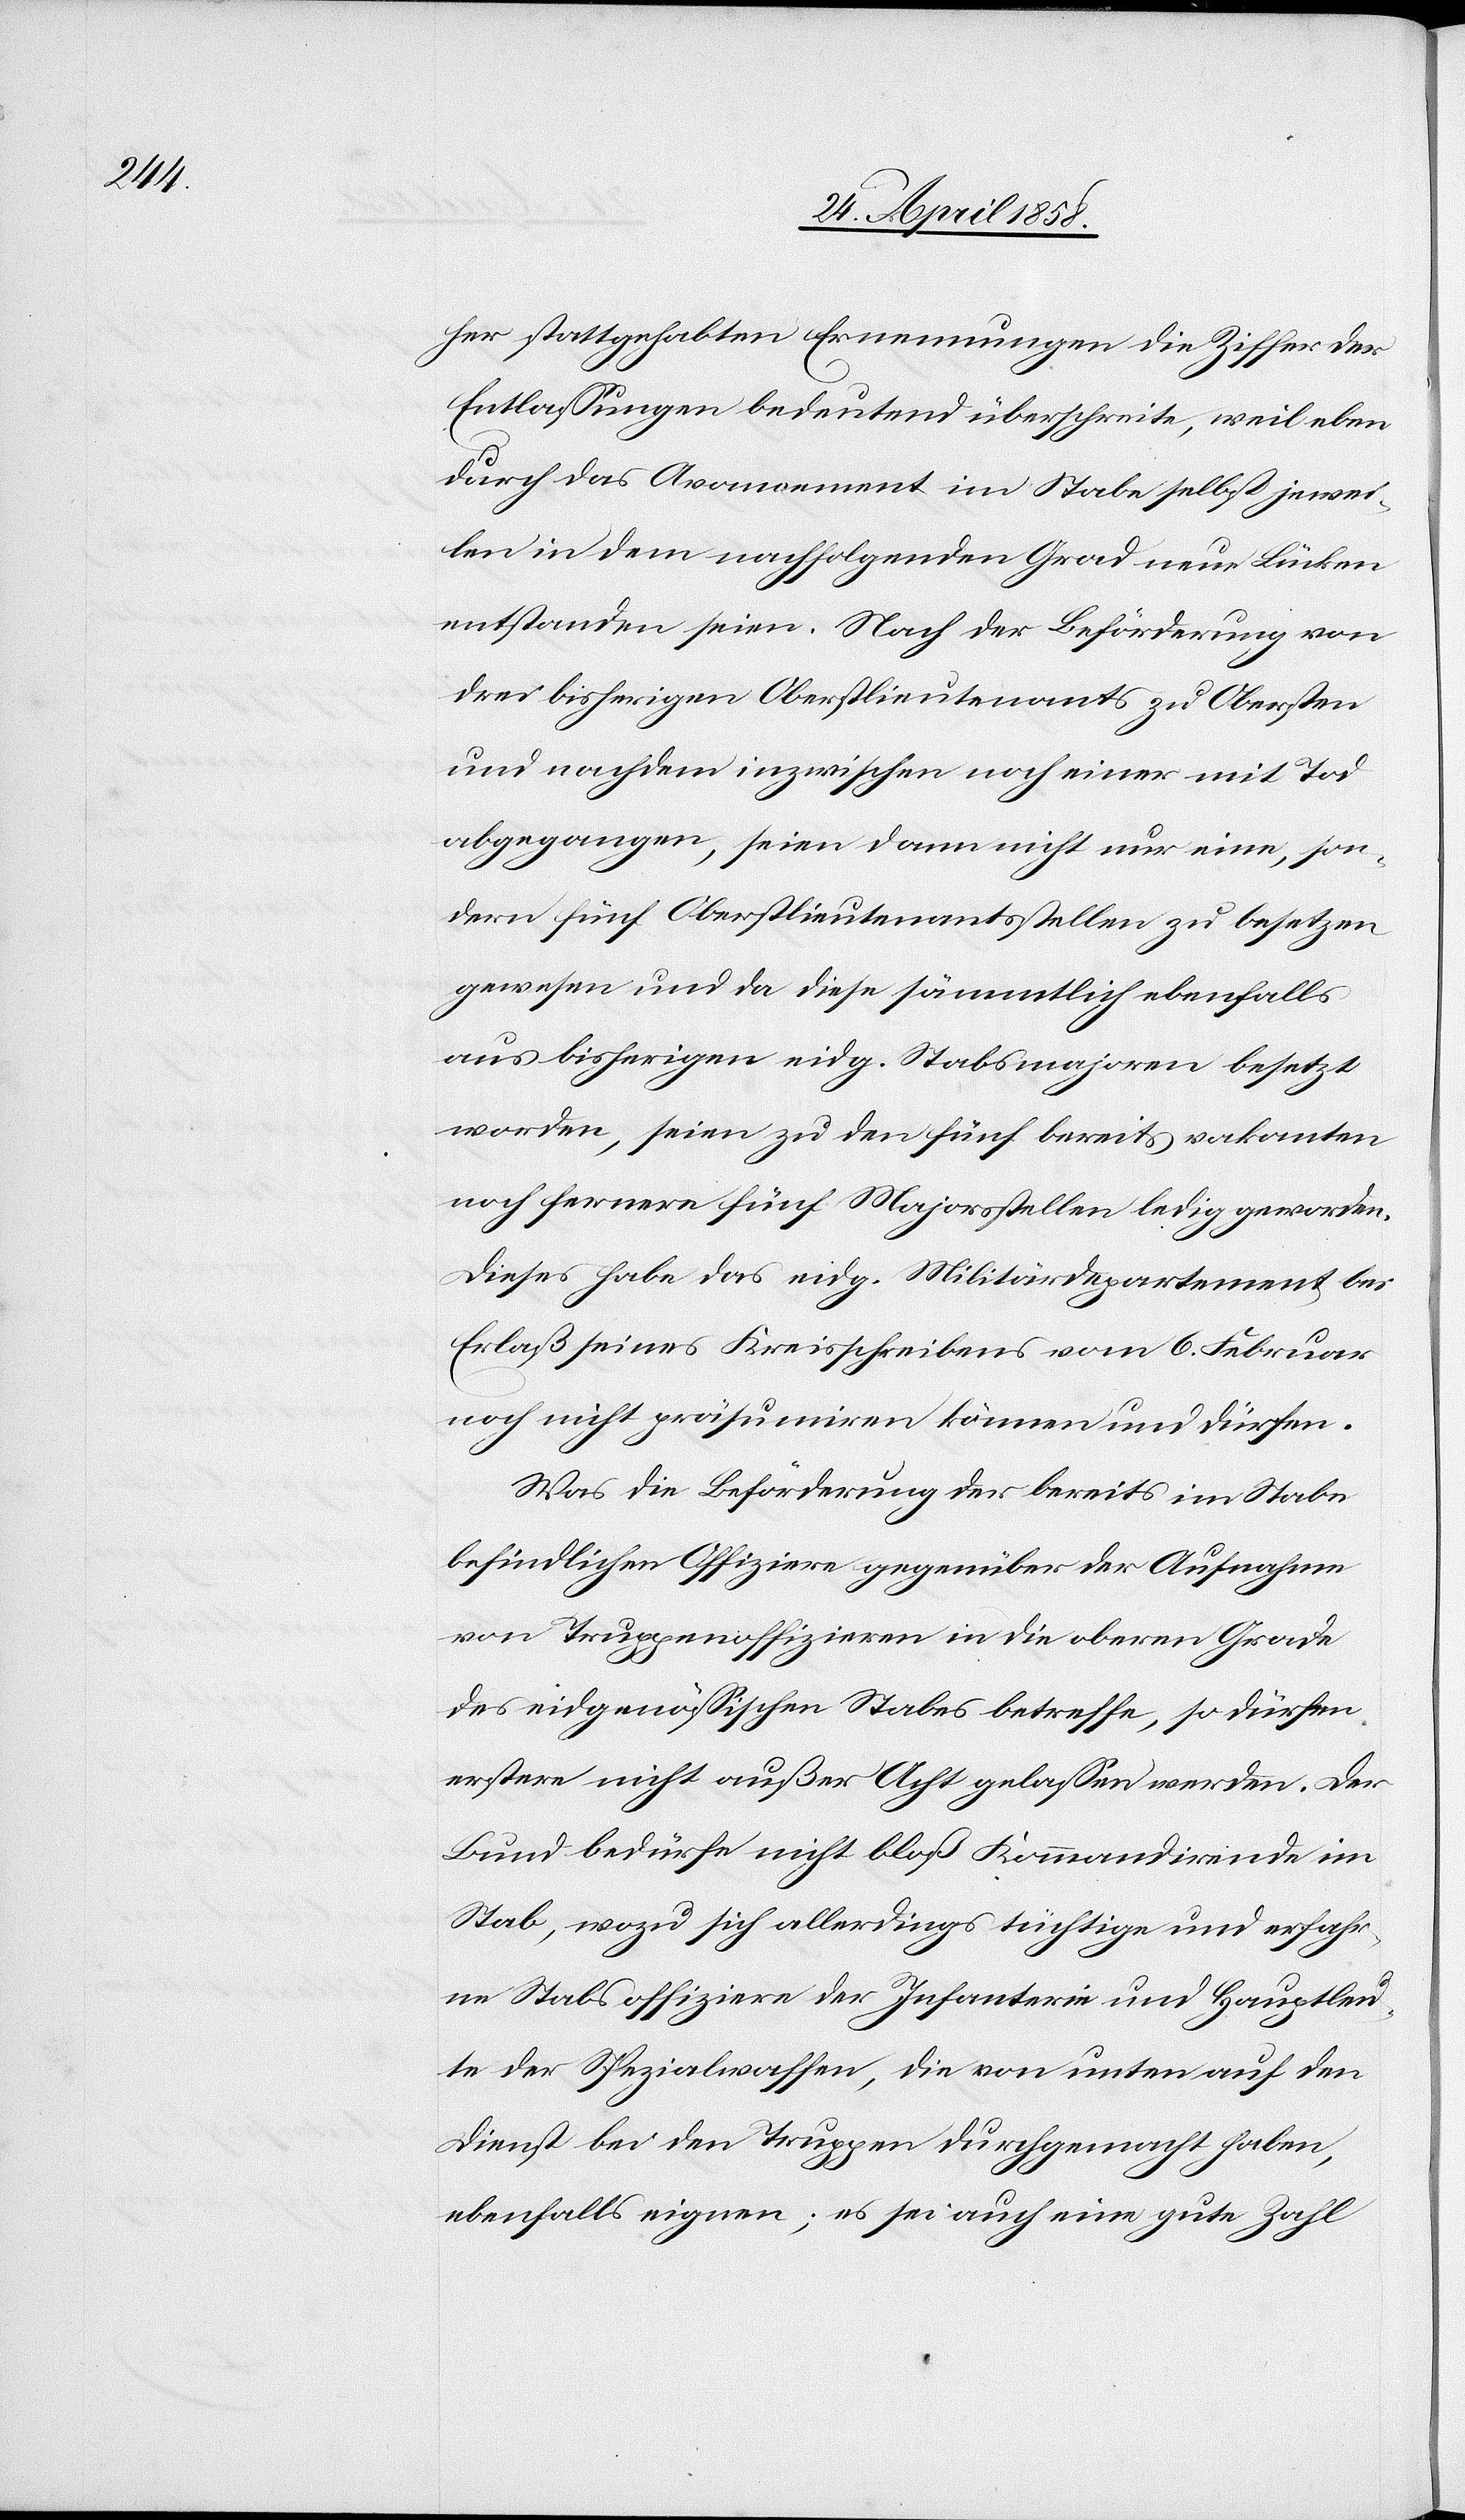
her stattgehabten Ernennungen die Ziffer der
Entlassungen bedeutend überschreite, weil eben
durch das Avoncement im Stabe selbst jewei¬
len in dem nachfolgenden Grade neue Lücken
entstanden sein. Nach der Beförderung von
drei bisherigen Oberstlieutenants zu Obersten
und nachdem inzwischen noch einer mit Tod
abgegangen, seien dann nicht nur eine, son¬
dern für Oberstlieutenantsstellen zu besetzen
gewesen und da diese sämmtlich ebenfalls
aus bisherigen eidg. Stabsmajoren besetzt
worden, seien zu den fünf bereits vakanten
noch fernere fünf Majorsstellen ledig geworden.
Dieses habe das eidg. Militärdepartement bei
Erlaß seines Kreisschreibens vom 6. Februar
noch nicht präsumiren können und dürfen.
Was die Beförderung der bereits im Stabe
befindlichen Offiziere gegenüber der Aufnahme
von Truppenoffizieren in die oberen Grade
des eidgenössischen Stabes betreffe, so dürfen
erstere nicht außer Acht gelassen werden. Der
Bund bedürfe nicht bloß Kommandirende im
Stab, wozu sich allerdings tüchtige und erfahre¬
ne Stabsoffiziere der Infanterie und Hauptleu¬
te der Spezialwaffen, die von unten auf den
Dienst bei den Truppen durchgemacht haben,
ebenfalls eignen; es sei auch eine gute Zahl